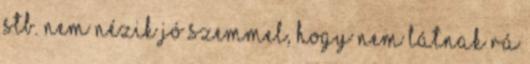
stb. nem nézik jó szemmel, hogy nem látnak rá